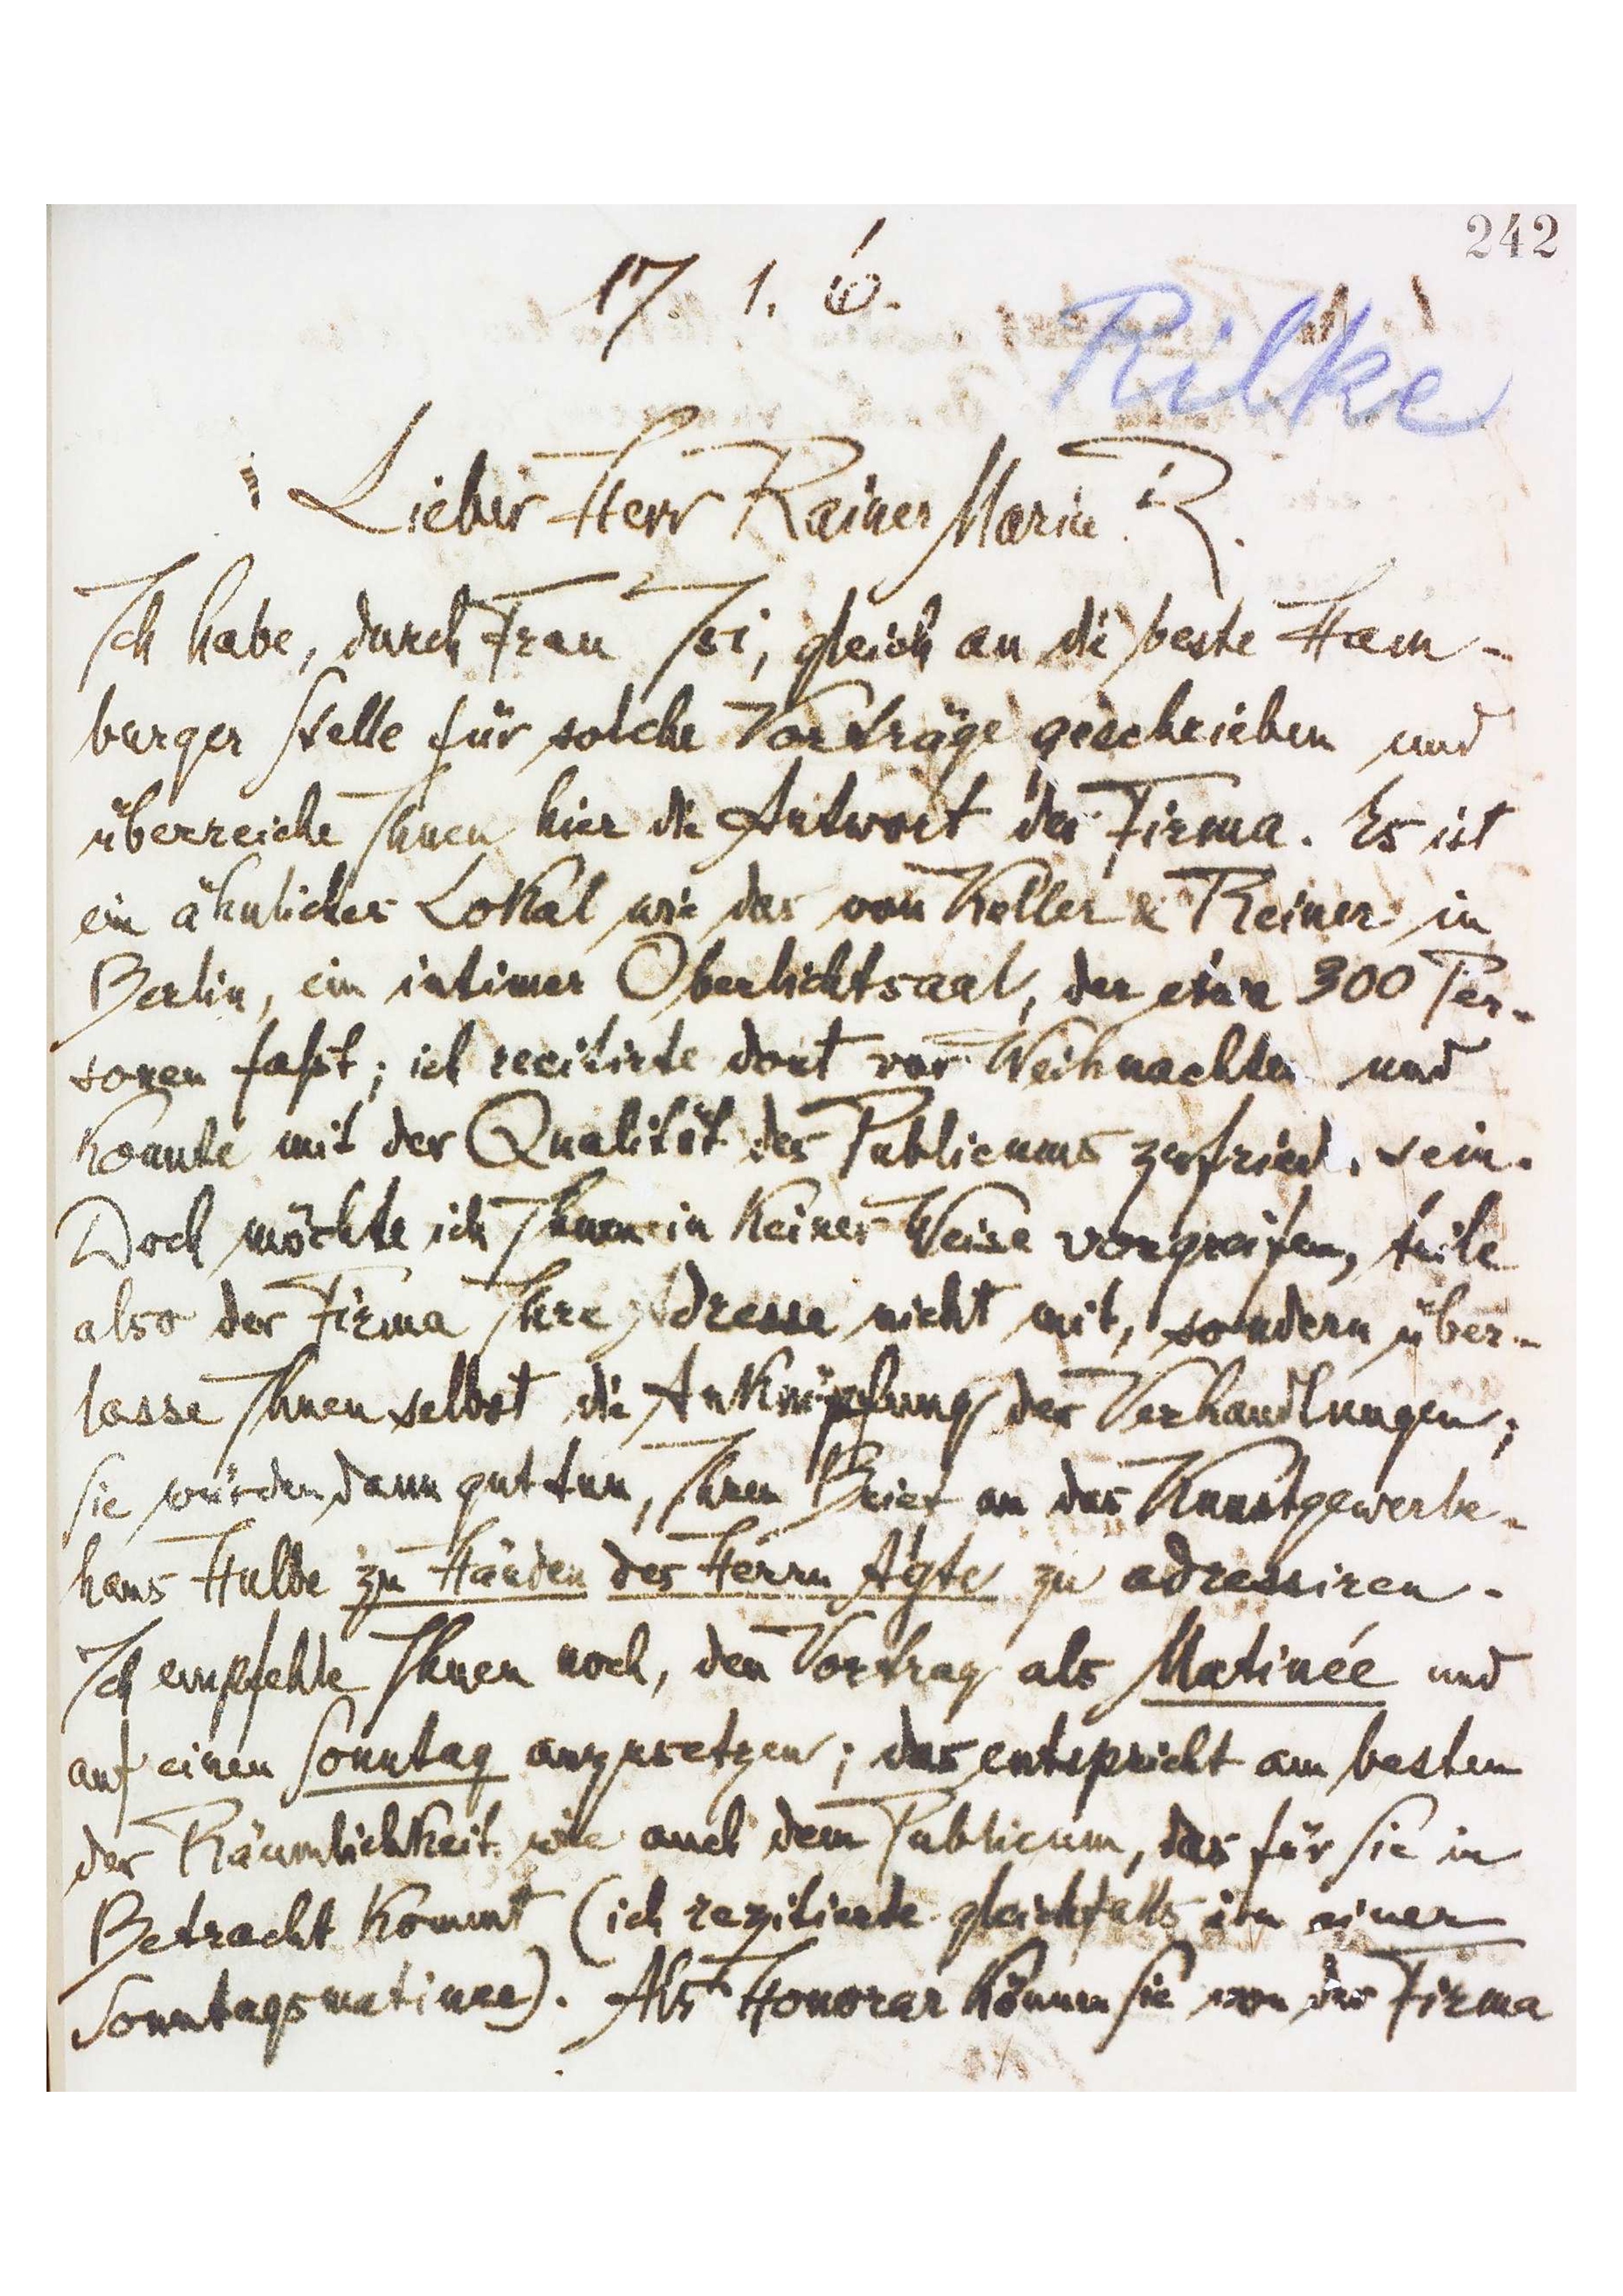
[242]
17.1.6.
Rilke
Lieber Herr Rainer Maria R.
Ich habe, durch Frau Isi, gleich an die beste Ham-
burger Stelle für solche Vorträge geschrieben und
überreiche Ihnen hier die Antwort der Firma. Es ist
ein ähnliches Lokal wie das von [Koller] & Reiner in
Berlin, ein intimer Oberlichtsaal, der eine 300 Per-
sonen faßt; ich recitirte dort vor Weihnachten und
konnte mit der Qualität des Publicums zufried. sein.
Doch möchte ich Ihnen in keiner Weise vorgreifen, teile
also der Firma Ihre Adresse nicht mit, sondern über-
lasse Ihnen selbst die Anknüpfung der Verhandlungen;
Sie würden dann gut tun, Ihren Brief an das Kunstgewerbe-
haus Hulbe zu Händen des Herrn Agte zu adressiren.
Ich empfehle Ihnen noch, den Vortrag als Matinée und
auf einen Sonntag anzusetzen; das entspricht am besten
der Räumlichkeit wie auch dem Publicum, das für Sie in
Betracht kommt (ich rezitierte gleichfalls in einer
Sonntagsmatinée). Als Honorar können Sie von der Firma